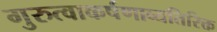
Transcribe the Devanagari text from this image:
गुरुत्वाकर्षणाव्यतिरिक्त